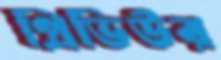
প্রিভিউর